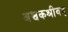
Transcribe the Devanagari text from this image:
अश्वकश्रीवद्‌